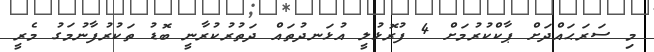
މި ސަރަޙައްދަށް ޕާކްކުރުމަށް 4 ފުރޮޅުލީ އުޅަނދުތައް ދަތުރުކުރާނީ ބޮޑު ތަކުރުފާނުމަގު މެރީ